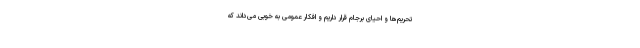
تحریم‌ها و احیای برجام قرار داریم و افکار عمومی به خوبی می‌داند که